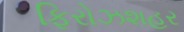
ફિરોઝશહર